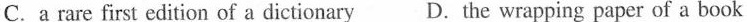
C.a rare first edition of a dictionary D. the wrapping paper of a book